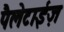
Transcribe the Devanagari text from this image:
पैलेटाईज़